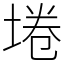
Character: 埢